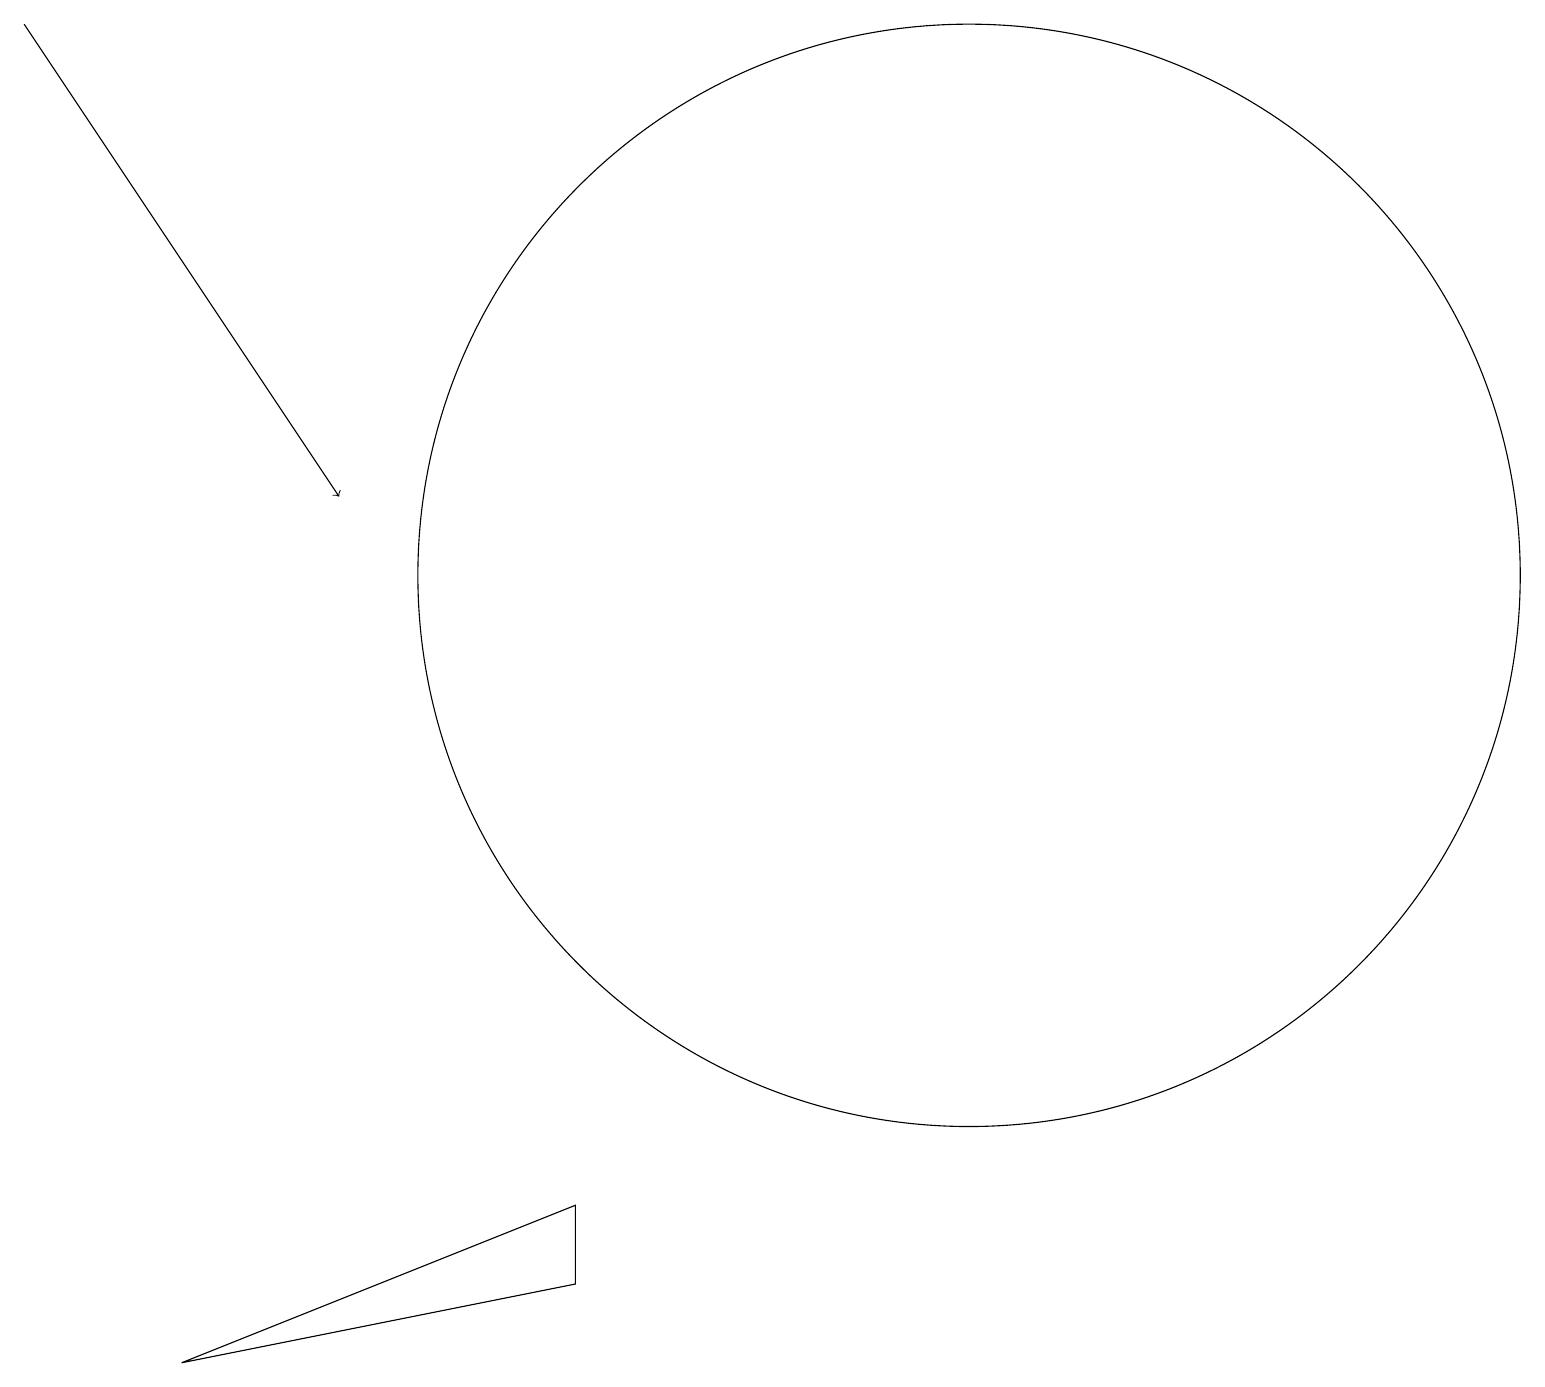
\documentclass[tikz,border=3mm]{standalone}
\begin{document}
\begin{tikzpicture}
\draw[->] (0,17) -- (4,11);
\draw (7,2) -- (7,1) -- (2,0) -- cycle;
\draw (12,10) circle (7);
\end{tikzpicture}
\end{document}